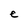
Character: e